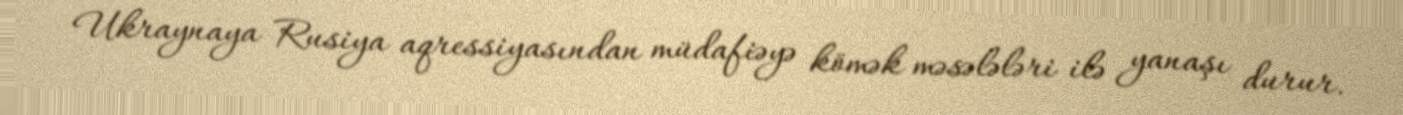
Ukraynaya Rusiya aqressiyasından müdafiəyə kömək məsələləri ilə yanaşı durur.